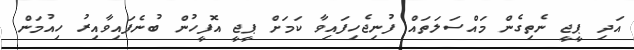
އަދި ޕީޖީ ނެތިގެން މައްސަލަތައް ފުނިޖެހިފައިވާ ކަމަށް ޕީޖީ އޮފީހުން ބުނެފައިވާއިރު ހިއުމަން